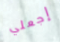
إجعلي